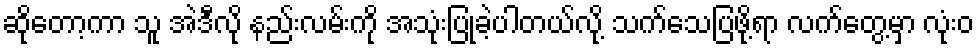
ဆိုတော့ကာ သူ အဲဒီလို နည်းလမ်းကို အသုံးပြုခဲ့ပါတယ်လို့ သက်သေပြဖို့ရာ လက်တွေ့မှာ လုံးဝ